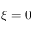
\xi = 0